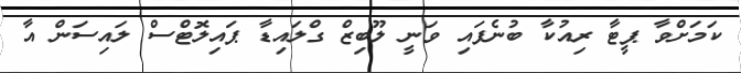
ކަމަށްވާ ޕީޓާ ރިއުކާ ބުނެފައި ވަނީ ލޫބިޒް ގްލައިޑާ ޕައިލޮޓްސް ލައިސަން އާ